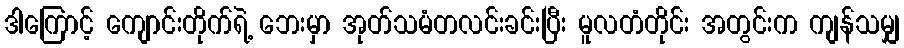
ဒါကြောင့် ကျောင်းတိုက်ရဲ့ ဘေးမှာ အုတ်သမံတလင်းခင်းပြီး မူလတံတိုင်း အတွင်းက ကျန်သမျှ